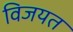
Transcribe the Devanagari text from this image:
विजयत